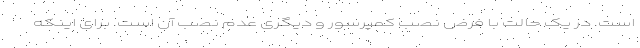
است. در یک حالت با فرض نصب کمپرسور و دیگری عدم نصب آن است. برای اینکه